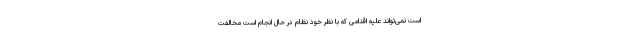
است نمی‌تواند علیه اقدامی که با نظر خود نظام در حال انجام است مخالفت